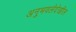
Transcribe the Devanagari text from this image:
अनुभवलेदेखील